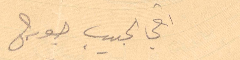
اخي الحبيب جورج